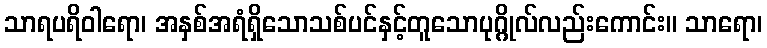
သာရပရိဝါရော၊ အနှစ်အရံရှိသောသစ်ပင်နှင့်တူသောပုဂ္ဂိုလ်လည်းကောင်း။ သာရော၊